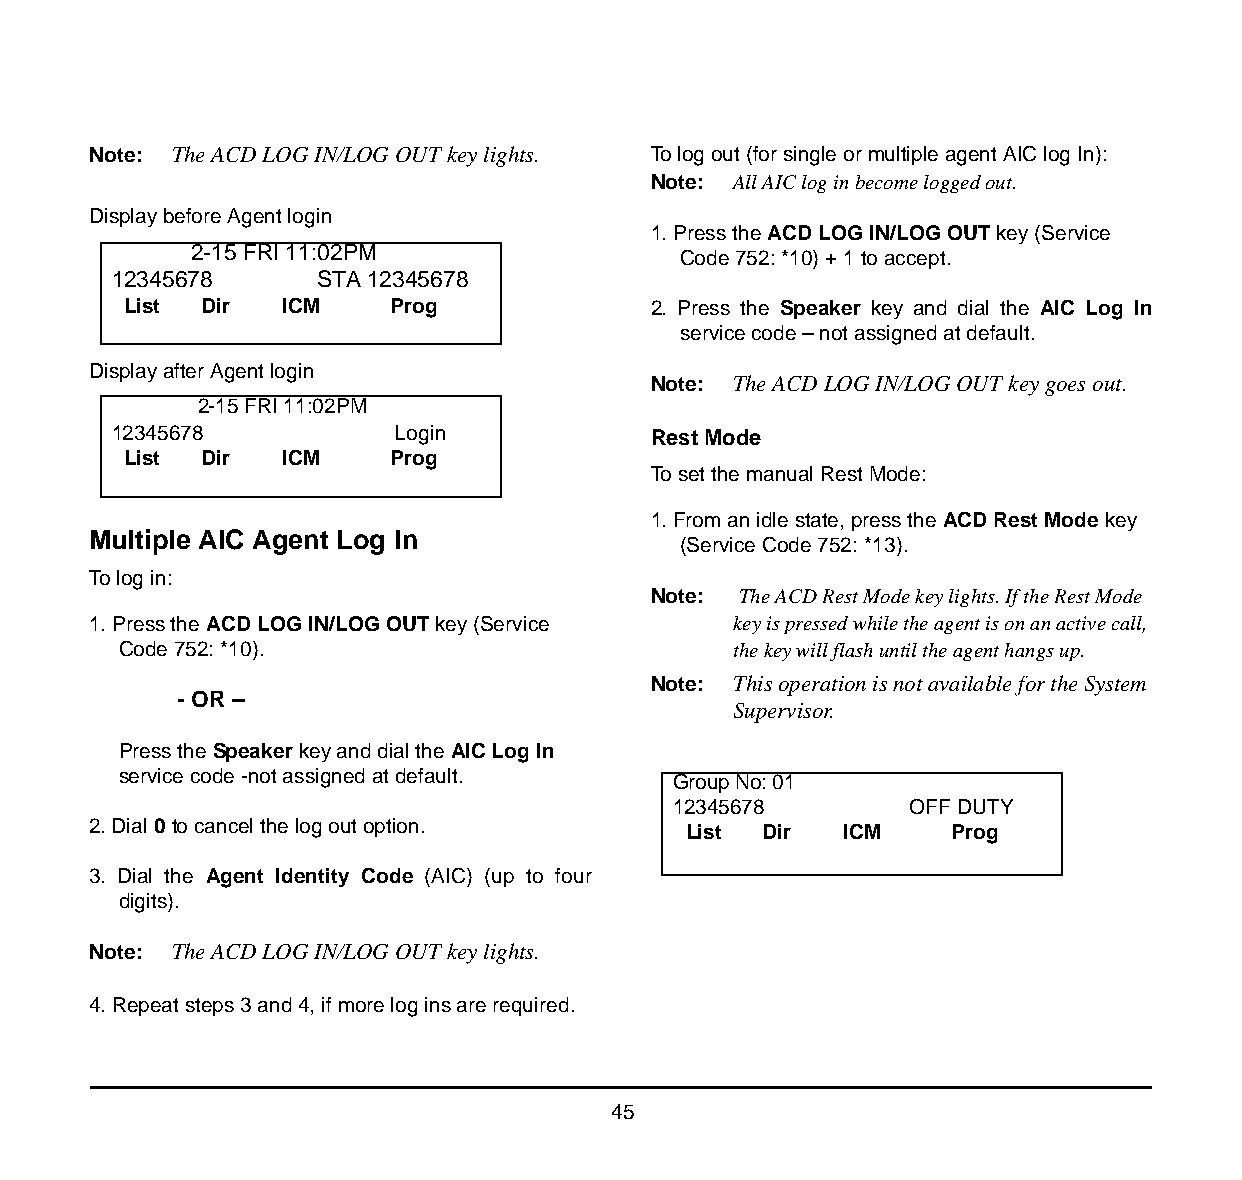
Note: The ACD LOG IN/LOG OUT key lights. To log out (for single or multiple agent AIC log In):
 Note: All AIC log in become logged out.
 Display before Agent login
 1. Press the ACD LOG IN/LOG OUT key (Service
 2-15 FRI 11:02PM
 Code 752: *10) + 1 to accept.
 12345678      STA 12345678
 List Dir  ICM    Prog              2. Press the Speaker key and dial the AIC Log In
 service code – not assigned at default.
 Display after Agent login
 Note: The ACD LOG IN/LOG OUT key goes out.
 2-15 FRI 11:02PM
 12345678           Login            Rest Mode
 List Dir  ICM    Prog
 To set the manual Rest Mode:
 1. From an idle state, press the ACD Rest Mode key
 Multiple AIC Agent Log In
 (Service Code 752: *13).
 To log in:
 Note: The ACD Rest Mode key lights. If the Rest Mode
 1. Press the ACD LOG IN/LOG OUT key (Service key is pressed while the agent is on an active call,
 Code 752: *10).                          the key will flash until the agent hangs up.
 Note: This operation is not available for the System
 - OR –
 Supervisor.
 Press the Speaker key and dial the AIC Log In
 service code -not assigned at default. Group No: 01
 12345678        OFF DUTY
 2. Dial 0 to cancel the log out option. List Dir  ICM     Prog
 3. Dial the Agent Identity Code (AIC) (up to four
 digits).
 Note: The ACD LOG IN/LOG OUT key lights.
 4. Repeat steps 3 and 4, if more log ins are required.
 45